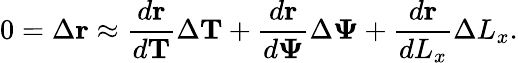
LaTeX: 0=\Delta\mathbf{r}\approx\frac{d\mathbf{r}}{d\mathbf{T}}\Delta\mathbf{T}+\frac{d\mathbf{r}}{d\mathbf{\Psi}}\Delta\mathbf{\Psi}+\frac{d\mathbf{r}}{dL_{x}}\Delta L_{x}.